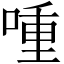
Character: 喠